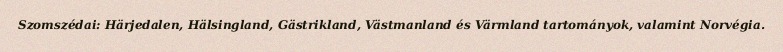
Szomszédai: Härjedalen, Hälsingland, Gästrikland, Västmanland és Värmland tartományok, valamint Norvégia.